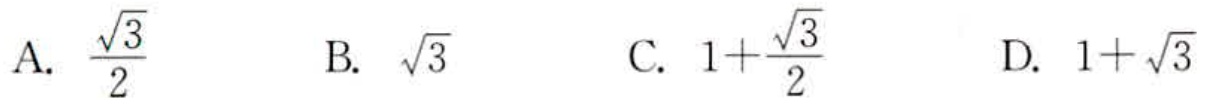
A. $\frac{\sqrt{3}}{2}$  B. $\sqrt{3}$  C. $1 + \frac{\sqrt{3}}{2}$  D. $1+\sqrt{3}$